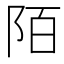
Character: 陌